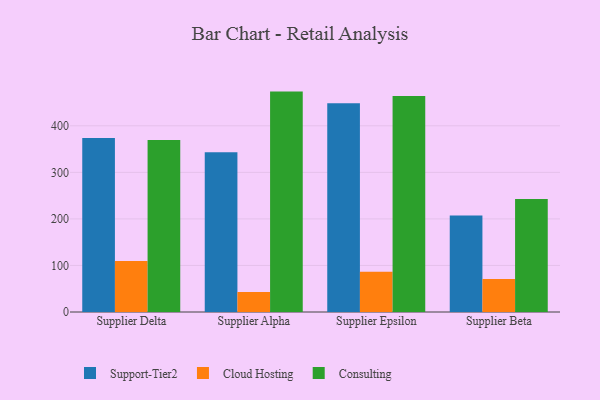
{"axis": {"x": "Supplier", "y": "Tickets Resolved"}, "legend": ["Cloud Hosting", "Consulting", "Support-Tier2"], "data": [{"x": "Supplier Delta", "y": 373.7, "type": "Support-Tier2"}, {"x": "Supplier Delta", "y": 109.6, "type": "Cloud Hosting"}, {"x": "Supplier Delta", "y": 369.6, "type": "Consulting"}, {"x": "Supplier Alpha", "y": 343.4, "type": "Support-Tier2"}, {"x": "Supplier Alpha", "y": 42.8, "type": "Cloud Hosting"}, {"x": "Supplier Alpha", "y": 473.5, "type": "Consulting"}, {"x": "Supplier Epsilon", "y": 448.4, "type": "Support-Tier2"}, {"x": "Supplier Epsilon", "y": 86.5, "type": "Cloud Hosting"}, {"x": "Supplier Epsilon", "y": 464.1, "type": "Consulting"}, {"x": "Supplier Beta", "y": 207.2, "type": "Support-Tier2"}, {"x": "Supplier Beta", "y": 71.0, "type": "Cloud Hosting"}, {"x": "Supplier Beta", "y": 243.0, "type": "Consulting"}]}